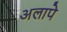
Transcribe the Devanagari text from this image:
अलापे